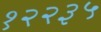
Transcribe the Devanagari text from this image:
१२२३५